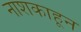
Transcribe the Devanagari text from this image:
नाशकाहून